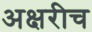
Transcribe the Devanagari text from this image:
अक्षरीच